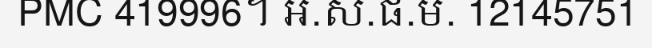
PMC 419996។ អ.ស.ផ.ម. 12145751